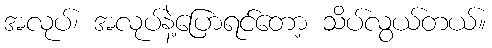
အလုပ်၊ အလုပ်နဲ့ပြောရင်တော့ သိပ်လွယ်တယ်။